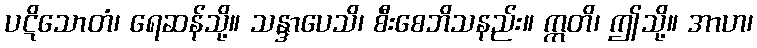
ပဋိသောတံ၊ ရေဆန်သို့။ သန္ဒာပေသိ၊ စီးစေဘိသနည်း။ ဣတိ၊ ဤသို့။ အာဟ၊